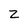
Character: Z